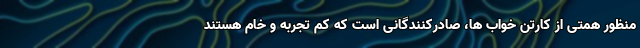
منظور همتی از کارتن خواب ها، صادرکنندگانی است که کم تجربه و خام هستند